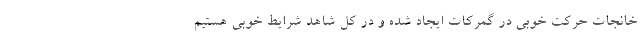
خانجات حرکت خوبی در گمرکات ایجاد شده و در کل شاهد شرایط خوبی هستیم